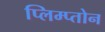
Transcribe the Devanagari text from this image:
प्लिम्प्तोन